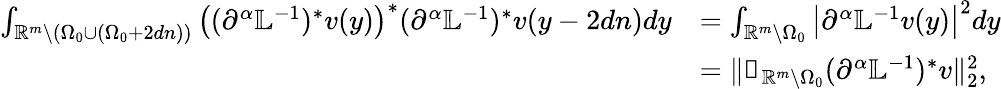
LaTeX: \begin{array}{rl}{\int_{\mathbb{R}^{m}\setminus({\Omega_{0}}\cup({\Omega_{0}}+2dn))}\left((\partial^{\alpha}\mathbb{L}^{-1})^{*}v(y)\right)^{*}(\partial^{\alpha}\mathbb{L}^{-1})^{*}v(y-2dn)dy}&{=\int_{\mathbb{R}^{m}\setminus{\Omega_{0}}}\left|\partial^{\alpha}\mathbb{L}^{-1}v(y)\right|^{2}dy}\\ &{=\| \mathbb{1}_{\mathbb{R}^{m}\setminus\Omega_{0}}(\partial^{\alpha}\mathbb{L}^{-1})^{*}v\| _{2}^{2},}\end{array}